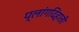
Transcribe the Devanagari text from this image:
प्लांगदिहाती